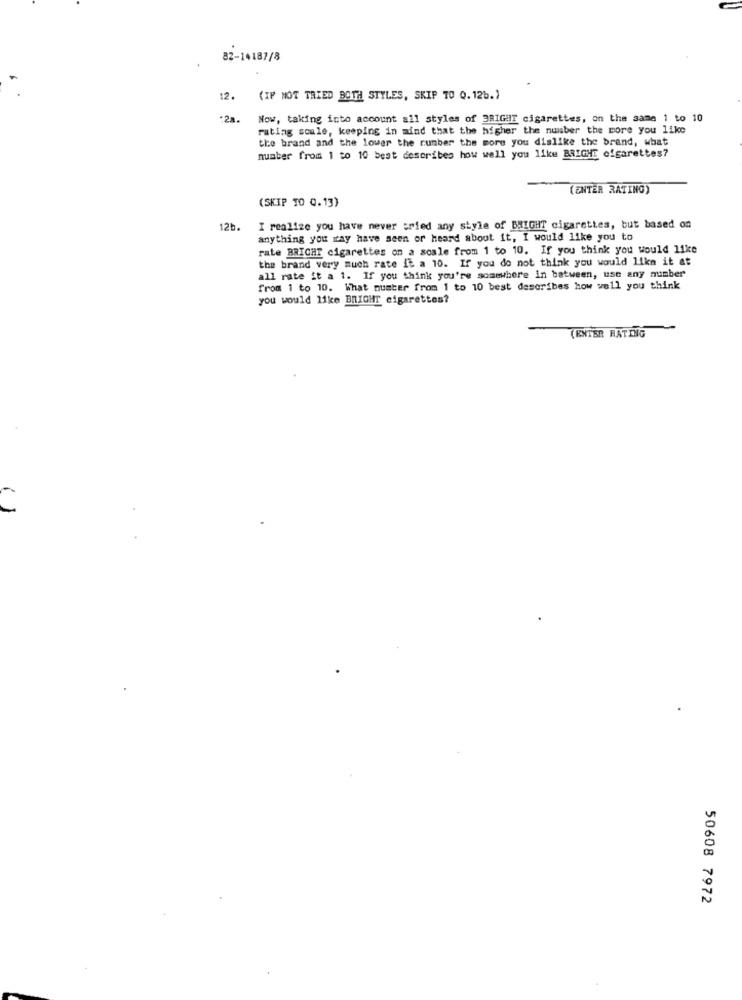
82-14187/8
12. (IF NOT TRIED BOTH STYLES, SKIP TO 0.12b.)
:28.
Now, taking into account all styles of BRIGHT cigarettes, on the same 1 to 10
rating scale, keeping in mind that the higher the number the more you like
the brand and the lower the number the more you dislike the brand, what
number from 1 to 10 best describes how well you like BRIGHE cigarettes?
(ENTER RATING)
(SKIP TO Q.13)
12b.
I realize you have never tried any style of BRIGHT cigarettes, but based on
anything you may have seen or heard about it, I would like you to
rate BRIGHT cigarettes on a scale from 1 to 10. If you think you would like
the brand very much rate it a 10. If you do not think you would like it at
all rate it a 1. If you think you're somewhere in between, use any number
from 1 to 10. What number from 1 to 10 best describes how well you think
you would like BRIGHT cigarettes?
CENTER RATING
50608 7972